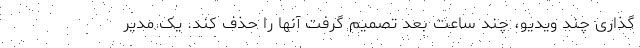
گذاری چند ویدیو، چند ساعت بعد تصمیم گرفت آنها را حذف کند. یک مدیر